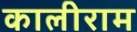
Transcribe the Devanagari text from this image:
कालीराम